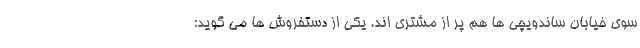
سوی خیابان ساندویچی ها هم پر از مشتری اند. یکی از دستفروش ها می گوید: